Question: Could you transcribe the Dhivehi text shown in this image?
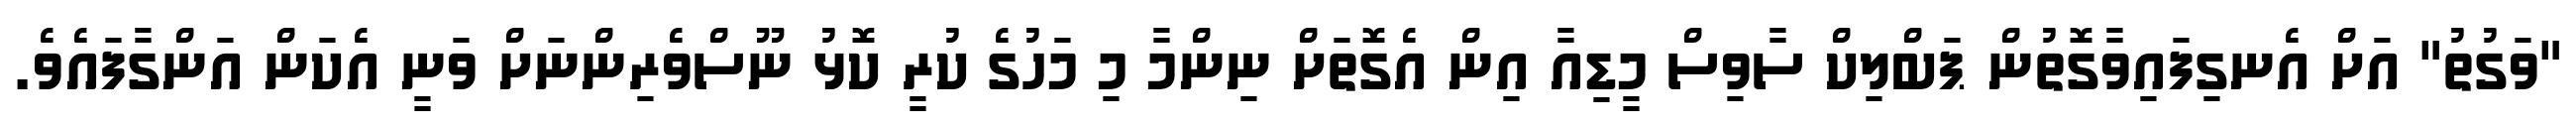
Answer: "ވަގުތު" އަށް އެނގިފައިވާގޮތުން ޕަބްލިކް ސާވިސް މީޑިއާ އިން އެގޮތަށް ނިންމާ މި މަހުގެ ކުރީ ކޮޅު ނޫސްވެރިންނަށް ވަނީ އެކަން އަންގާފައެވެ.